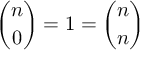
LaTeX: { \binom { n } { 0 } } = 1 = { \binom { n } { n } }